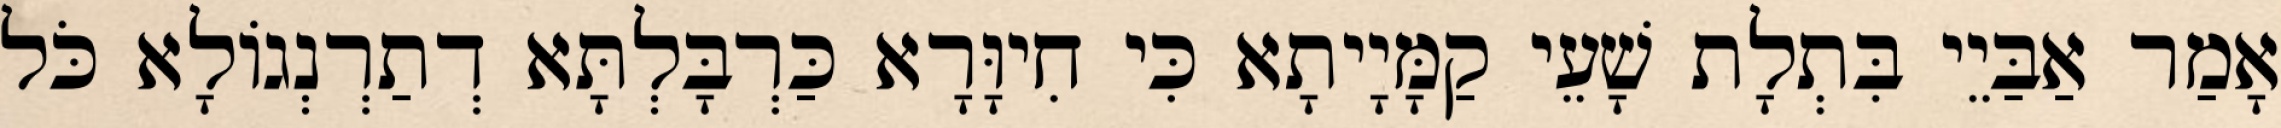
אָמַר אַבַּיֵי בִּתְלָת שָׁעֵי קַמָּיָיתָא כִּי חִיוָּרָא כַּרְבָּלְתָּא דְתַרְנְגוֹלָא כֹּל